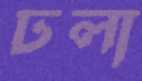
ঢলা